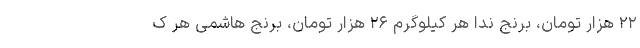
۲۲ هزار تومان، برنج ندا هر کیلوگرم ۲۶ هزار تومان، برنج هاشمی هر ک